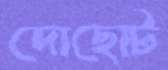
দোছোট